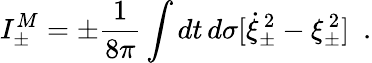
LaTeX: I_{\pm}^{M}=\pm{\frac{1}{8\pi}}\int dt\, d\sigma[\dot{\xi}_{\pm}^{\, 2}-\xi_{\pm}^{\, 2}]~~.